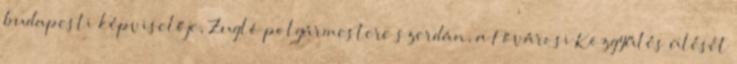
budapesti képviselője, Zugló polgármestere szerdán, a Fővárosi Közgyűlés ülését